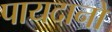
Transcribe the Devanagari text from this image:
पायदानों